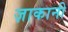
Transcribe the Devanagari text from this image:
ज़ाकानी